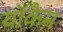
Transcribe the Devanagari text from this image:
यॉकैम